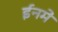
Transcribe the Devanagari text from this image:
ईनमे